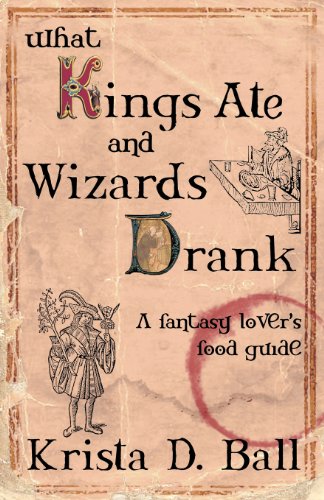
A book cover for What Kings Ate and Wizards Drank; Krista D. Ball; Science Fiction & Fantasy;